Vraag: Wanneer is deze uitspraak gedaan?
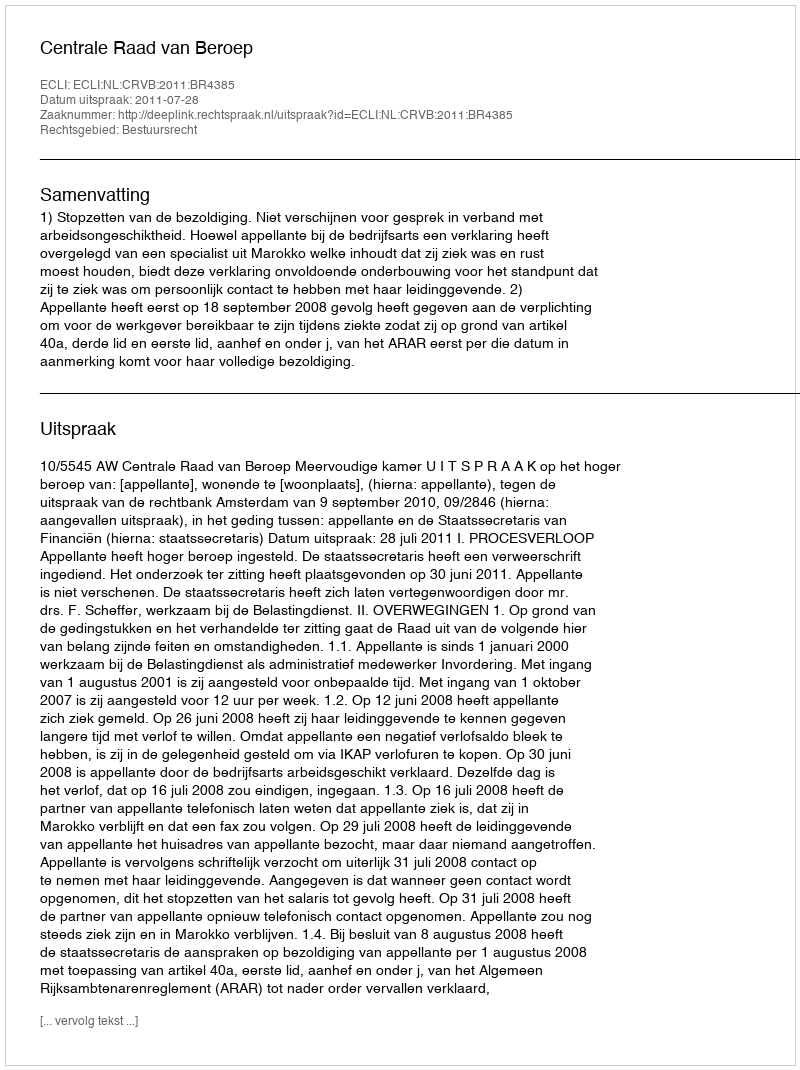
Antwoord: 2011-07-28